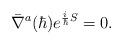
\begin{align*}\bar{\nabla}^a(\hbar)e^{{i\over\hbar}S}=0.\end{align*}